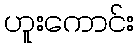
ဟူးကောင်း